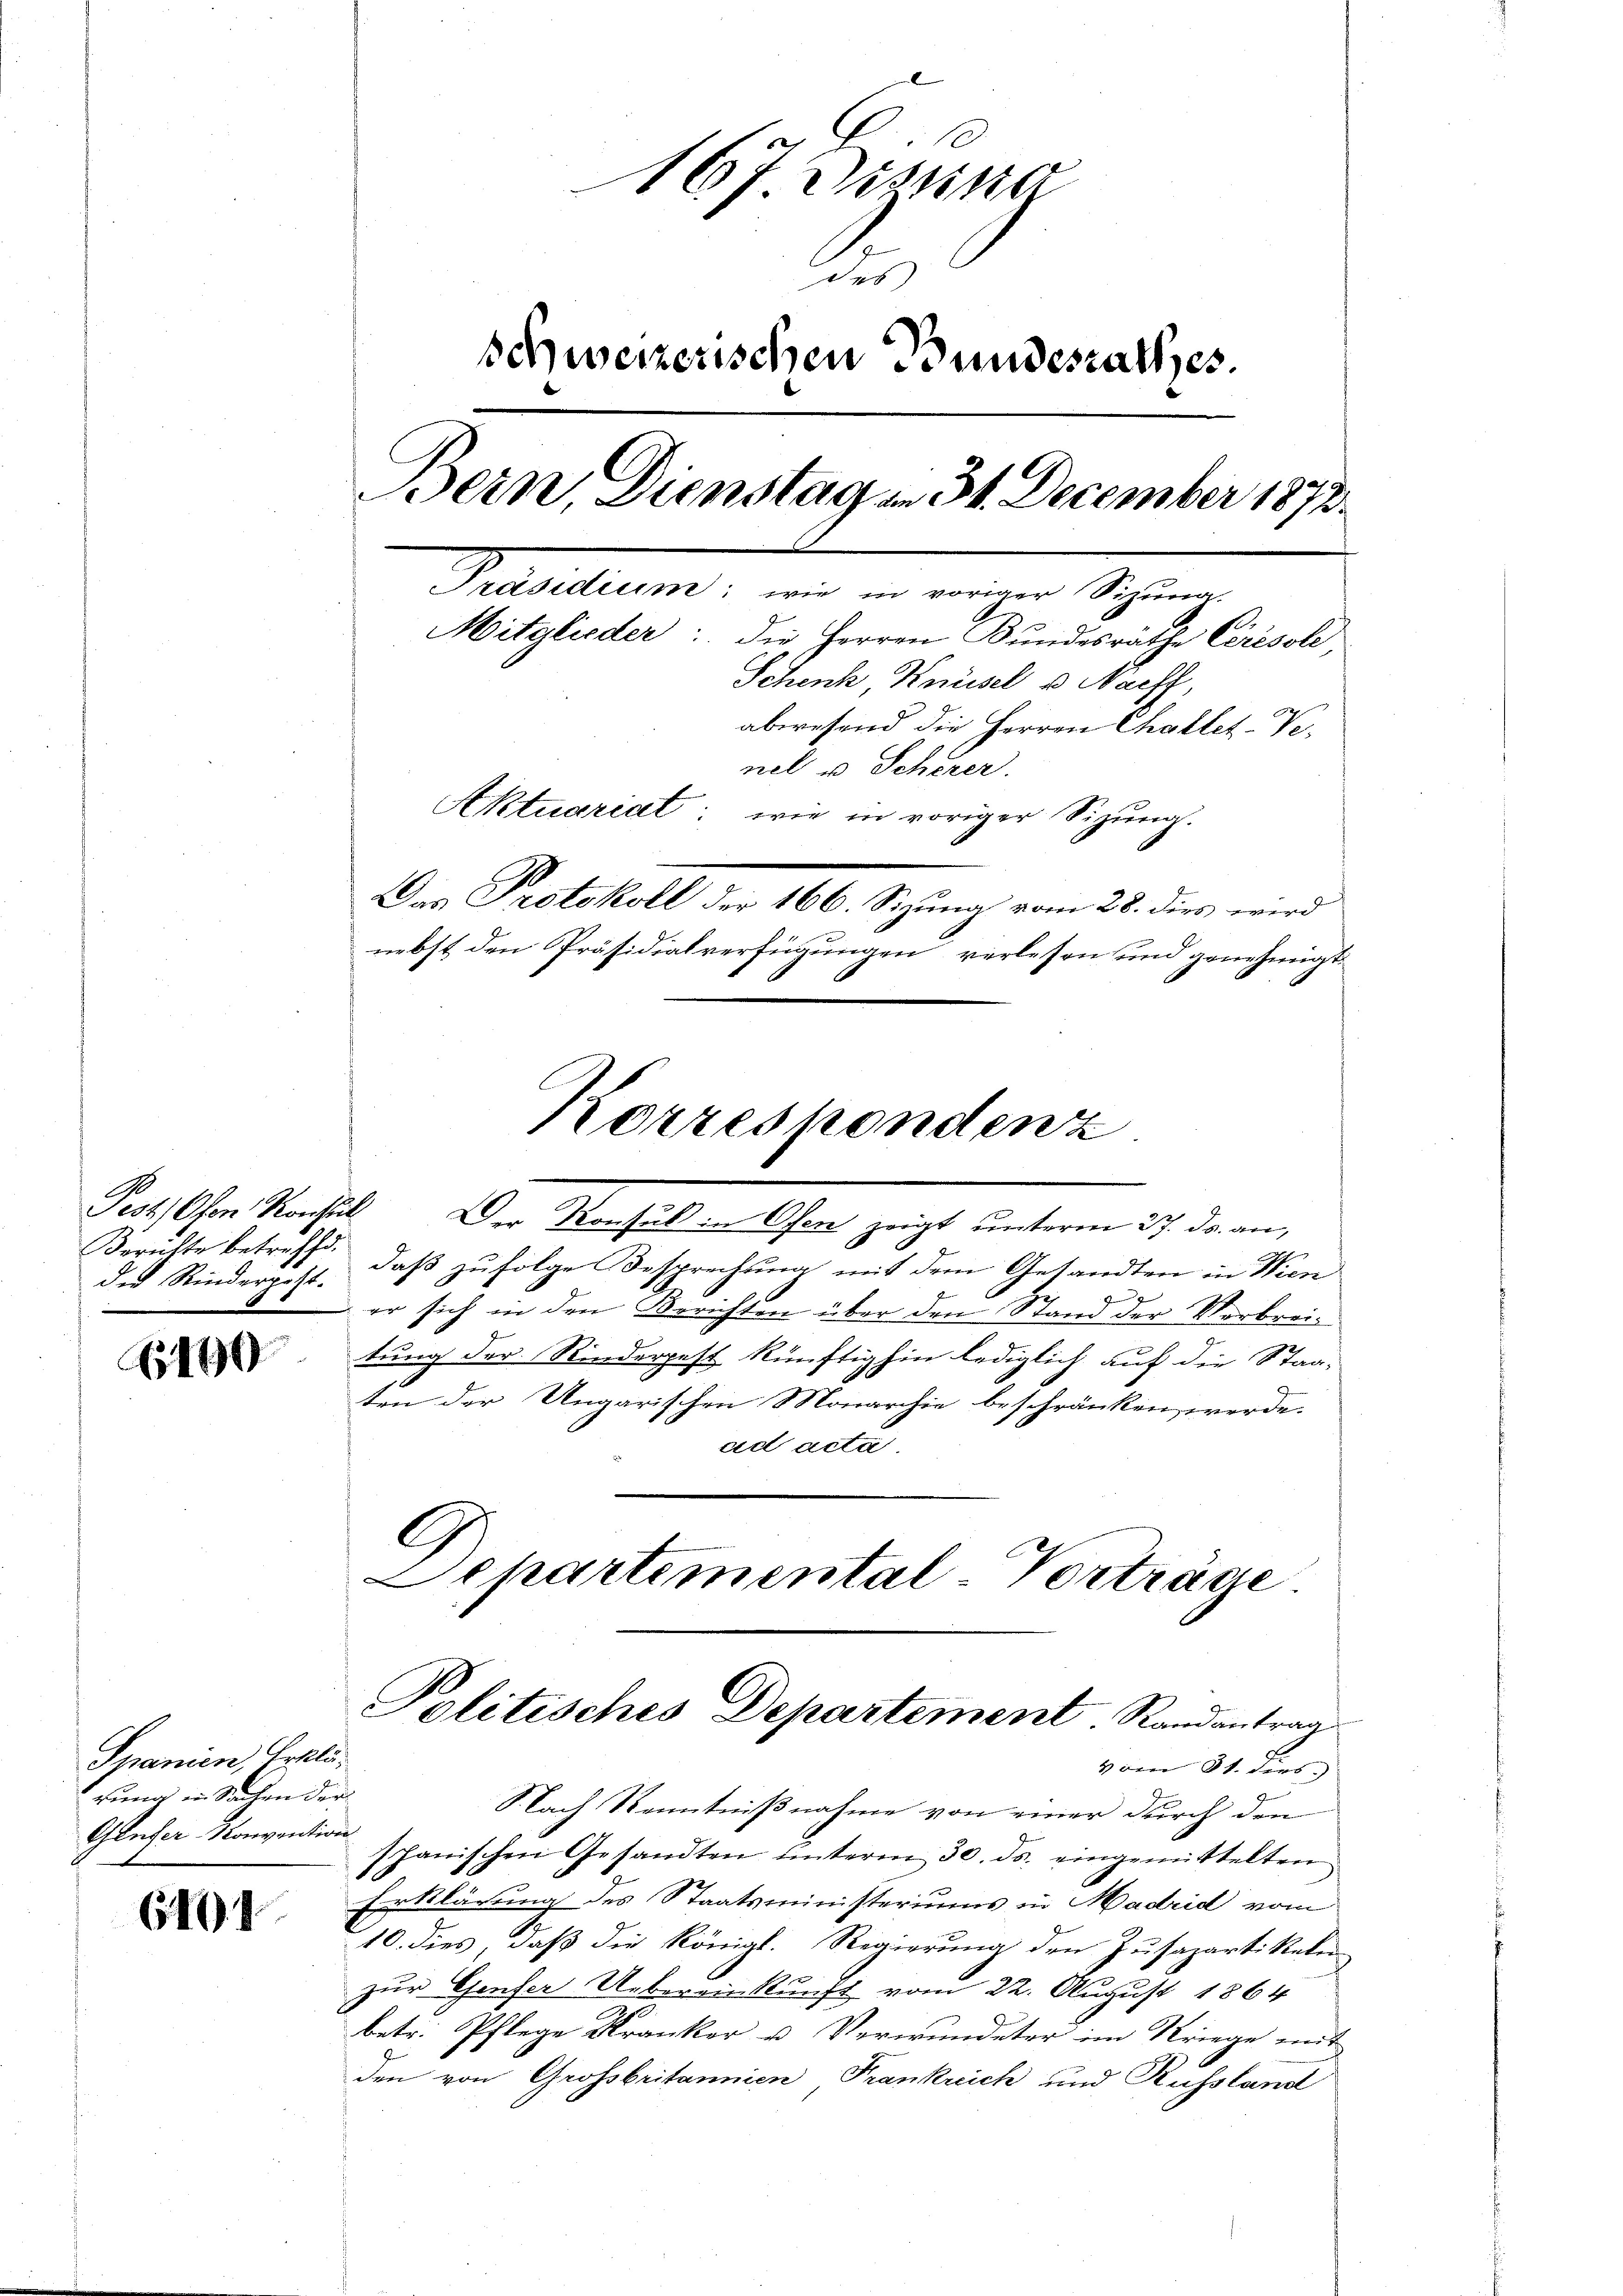
Berichte betreffd.
der Rindergeht.

110

Spanien, Erklärung in Seilen der
Gluser Konvention

641

167 Distina
dis
schweizerischen Bundesrathes.
Bern, Dienstag an 34. December 1873.
Brasilium, und in einen Spinne
Mitglieder: die Herren Bundesräthe Cerésole
Schenk, Knüsel u Nacht,
abwesend die Herren Challet-Ver
nel u. Scherer.
Aktuariat: wie in voriger Sizung.
Das Protokoll der 166. Sitzung vom 28. dies wird
nebst den Präsidialverfügungen verlesen und genehmigt

Pesthen Konsul Der Konsul in Ofen zeigt unterm 27. ds. an,
daß zufolge Besprechung mit dem Gesandten in Wien
er sich in den Berichten über den Stand der Verbreitung der Rinderpest künftighin lediglich auf die Staaten der Ungarischen Monarchie beschränken werde.
ad acta.
G
Eckartemental Vorträge

Porzeshondenz

vom 31. dies
S.Nach Kenntnißnahme von einer durch den
spanischen Gesandten unterm 30. ds. eingemittelten
Erklärung des Staatsministeriums in Madrid vom
10. dies, daß die Königl. Regierung den Zusapartiketen
zur Genfer Uebereinkunft vom 22. August 1864
betr. Pflege Kranker u. Verwundeter im Kriege mit
den von Grossbritannien Frankrich und Russland

Politisches Departement Randantrag